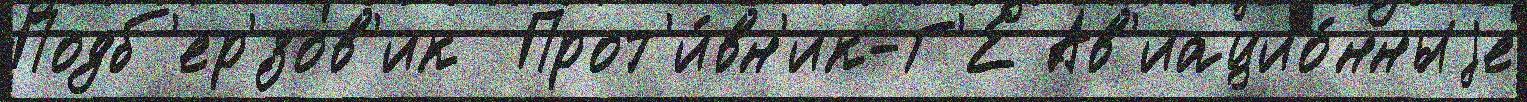
Подб'ер'́зов'ик  Прот'и́вн'ик-Г'Е Ав'иацио́нныjе